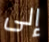
إلى